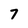
Character: 7